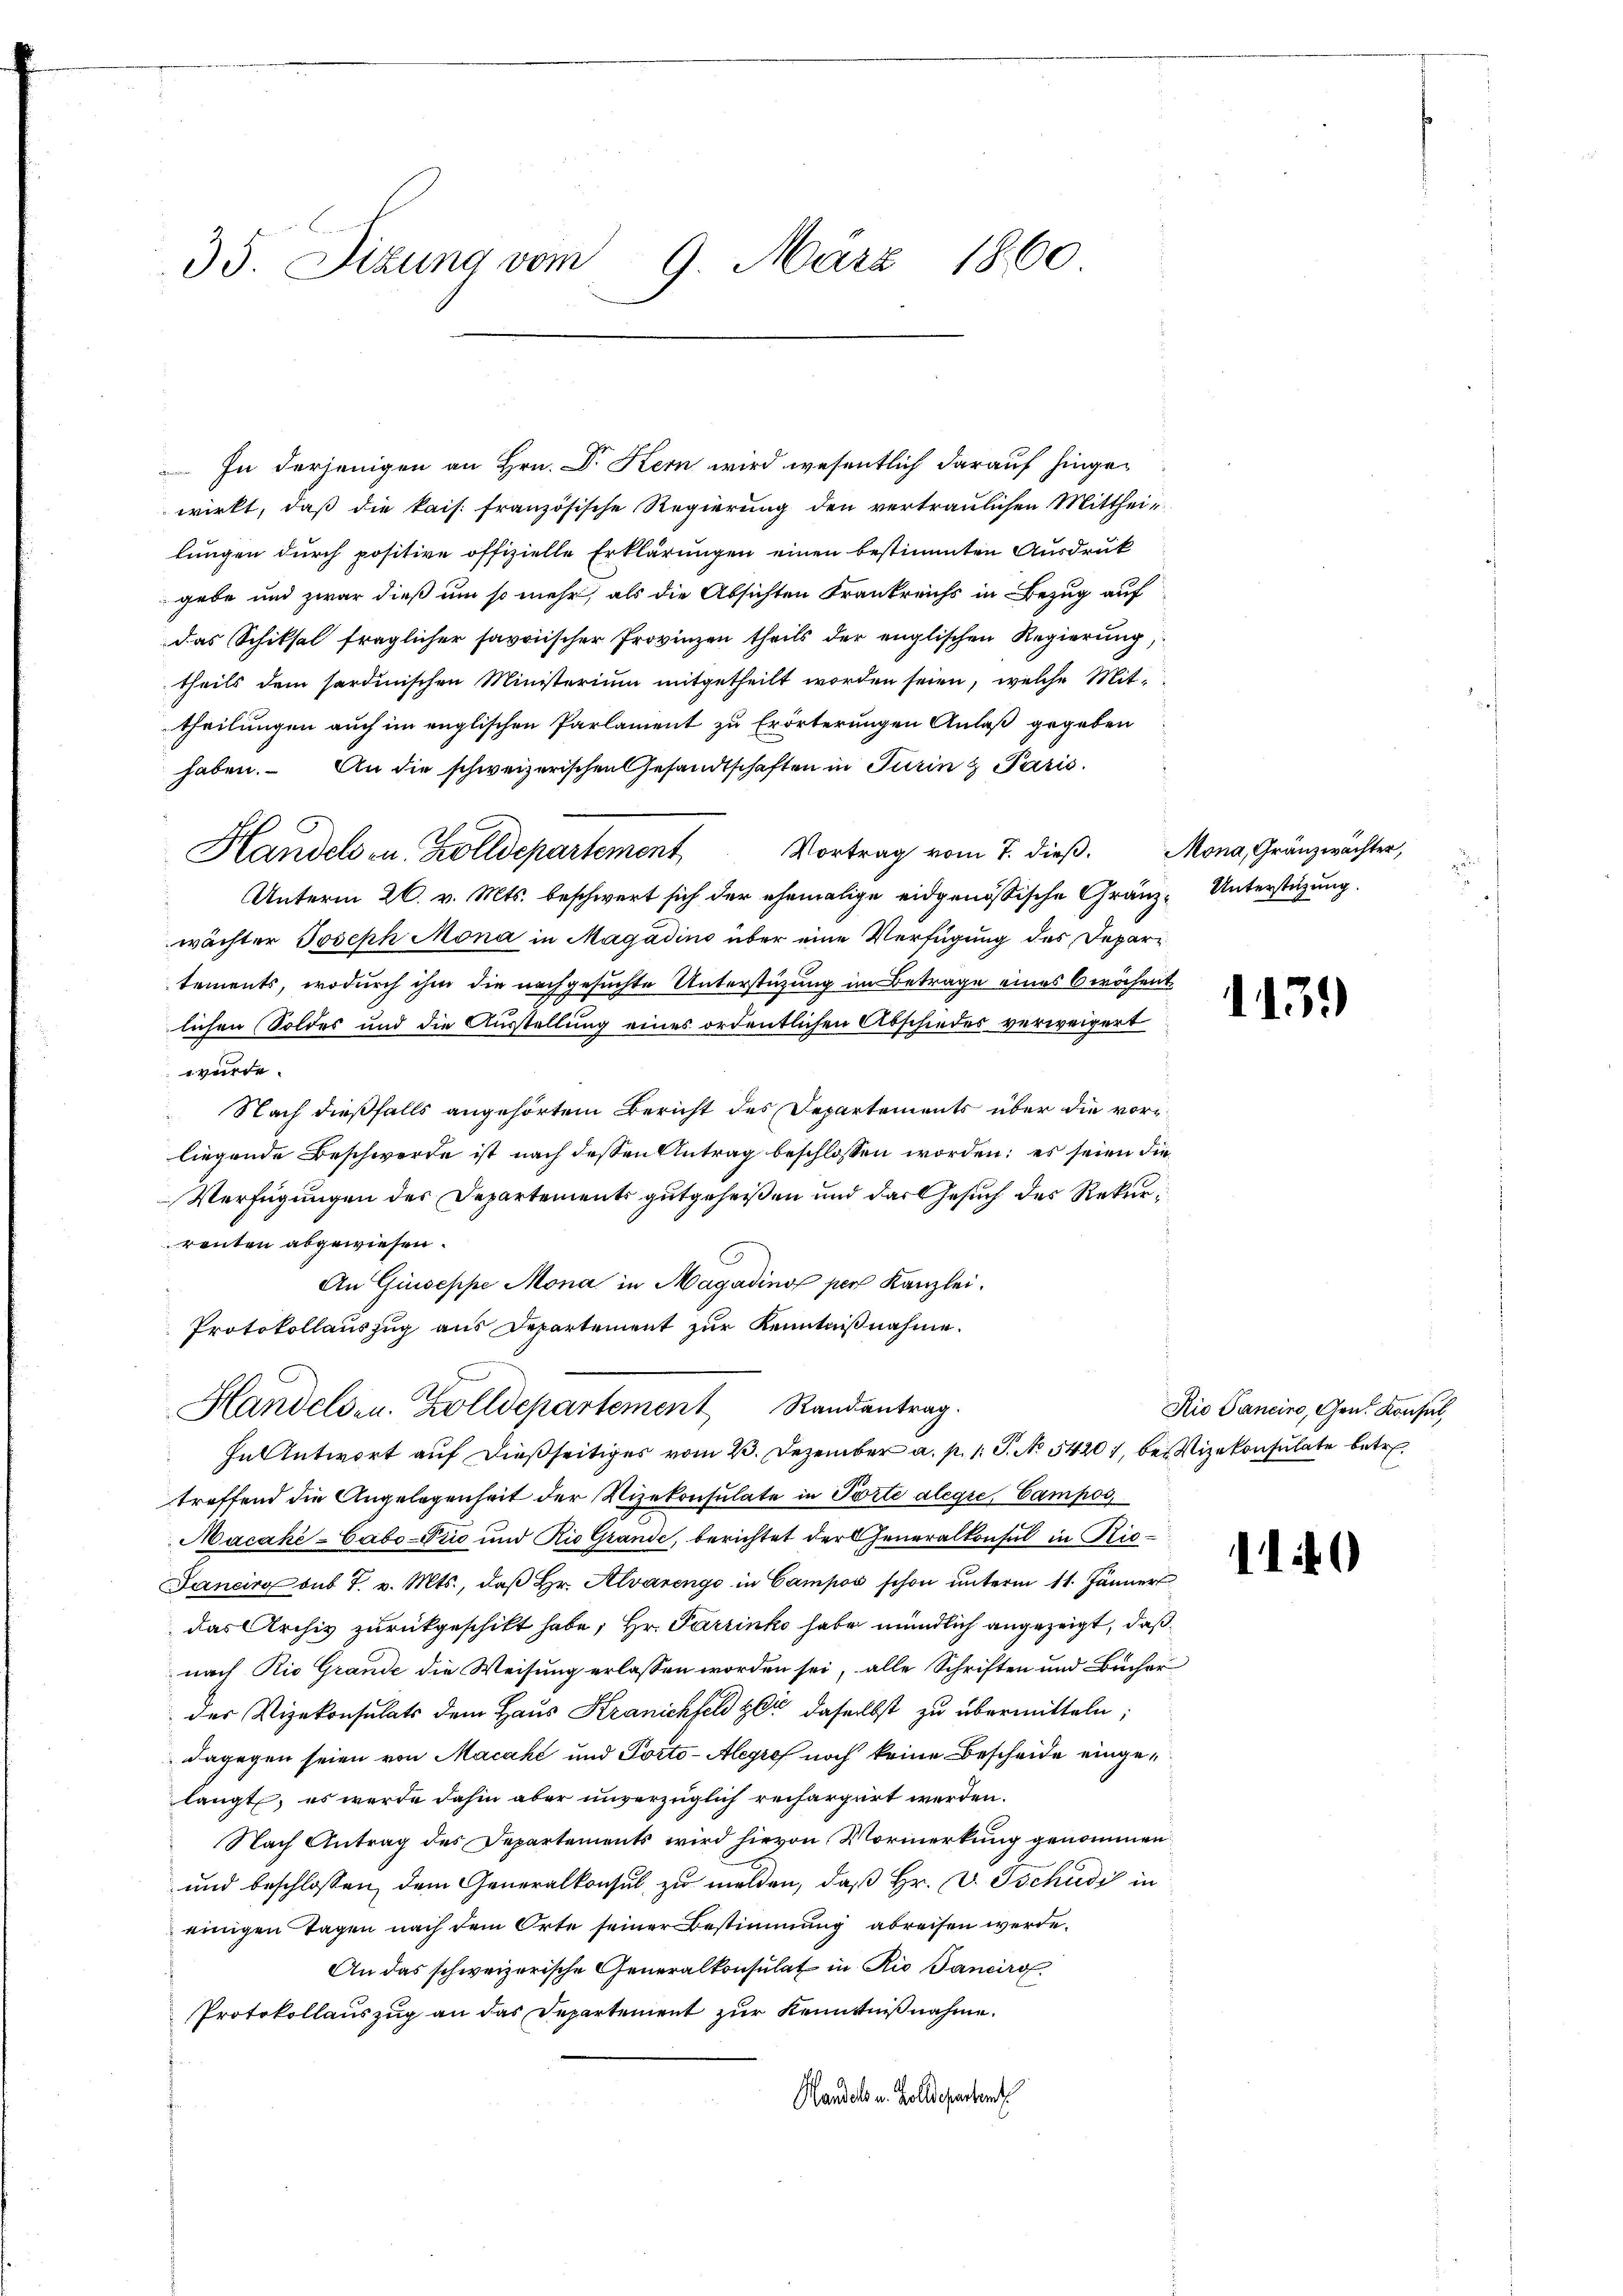
35. Sizung vom 9. März 1860

In derjenigen an Hrn. Dr. Kern wird wesentlich darauf hingewirkt, daß die kais. französische Regierung den vertraulichen Mitthei-
lungen durch positive offizielle Erklärungen einen bestimmten Ausdruk
gebe und zwar dieß um so mehr, als die Absichten Frankreichs in Bezug auf
das Schiksal fraglicher savoischer Provinzen theils der englischen Regierung,
theils dem sardinischen Ministerium mitgetheilt worden seien, welche Mittheilungen auch im englischen Parlament zu Erörterungen Anlaß gegeben
haben. An die schweizerischen Gesandtschaften in Turin & Paris
Handelsen, Zolldepartement Vortrag vom 7. dieβ. Mona, Gränzwächter,
Unterm 26. v. Mts. beschwert sich der ehemalige eidgenössische Gränz- Unterstüzung.
wächter Joseph Mona in Magadino über eine Verfügung des Departements, wodurch ihm die nachgesuchte Unterstützung im Betrage eines 6wöchent
lichen Soldes und die Ausstellung eines ordentlichen Abschiedes verweigert
wurde.
Nach dießfalls angehörtem Bericht des Departements über die vorliegende Beschwerde ist nach dessen Antrag beschlossen worden; es seien die
Verfügungen des Departements gutgeheißen und das Gesuch des Rekurrenten abgewiesen.
An Giuseppe Mona in Magading per Kanzlei.
Protokollauszug aus Departement zur Kenntnißnahme.
Handelsen. Zolldepartement Randantrag.
In Antwort auf dießseitiges vom 23. Dezember a. p. 1. P. No 5420, bei Vizekonsulate betr.
treffend die Angelegenheit der Vizekonsulate in Porte alegie, Campos
Macaki-Cabo-Piic und Rio Grande, berichtet der Generalkonsul in Rie¬
Jancirg sub 7. v. Mts., daß Hr. Alvarenge in Campos schon unterm 11. Jänner
das Archiv zurückgeschikt habe; Hr. Pareinko habe mündlich angezeigt, daß
nach Rio Grande die Weisung erlassen worden sei, alle Schriften und Bücher
der Vizekonsulats dem Haus Kranchfeld zur daselbst zu übermitteln;
dagegen seien von Macahe und Porto-Alegro noch keine Bescheide eingelangt, es werde dahin aber unverzüglich rechargirt werden.
Nach Antrag des Departements wird hievon Vormerkung genommen
und beschlossen, dem Generalkonsul zu melden, daß Hr. v. Tschudi in
einigen Tagen nach dem Orte seiner Bestimmung abreisen werde.
An das schweizerische Generalkonsulat in Rio Panciro
Protokollauszug an das Departement zur Kenntnißnahme.
Handels u. Zolldeparten

1139

Rio Sanciro, Gen. Konsul

10